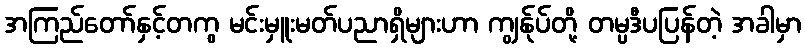
အကြည်တော်နှင့်တကွ မင်းမှူးမတ်ပညာရှိများဟာ ကျွန်ုပ်တို့ တမ္ပဒီပပြန်တဲ့ အခါမှာ